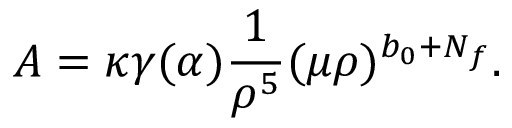
{ \cal A } = \kappa \gamma ( \alpha ) \frac { 1 } { \rho ^ { 5 } } ( \mu \rho ) ^ { b _ { 0 } + N _ { f } } .